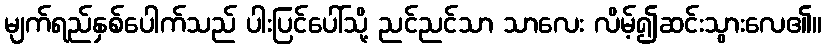
မျက်ရည်နှစ်ပေါက်သည် ပါးပြင်ပေါ်သို့ ညင်ညင်သာ သာလေး လိမ့်၍ဆင်းသွားလေ၏။